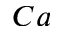
C a